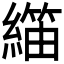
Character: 𬗺